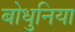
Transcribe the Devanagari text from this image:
बोधुनिया